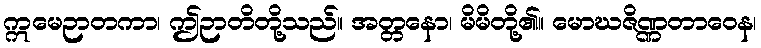
ဣမေဉာတကာ၊ ဤဉာတိတို့သည်။ အတ္တနော၊ မိမိတို့၏။ မောဃဇိဏ္ဏတာဝေန၊